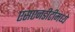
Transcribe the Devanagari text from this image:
एसएनडीटीमध्ये